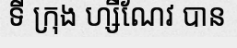
ទី ក្រុង ហ្សឺណែវ បាន